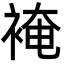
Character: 裺